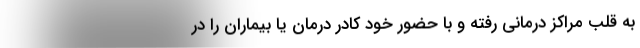
به قلب مراکز درمانی رفته و با حضور خود کادر درمان یا بیماران را در